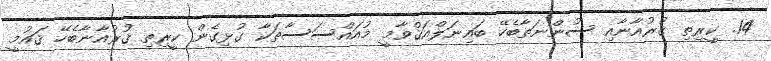
14. ކީރިތި ޤުރުއާނާއި ސުންނަތާބެހޭ ބައިނަލްއަޤްވާމީ މުއައްސަސާތަކާ ގުޅިގެން ކީރިތި ޤުރުއާނާބެހޭ ޤައުމީ